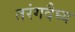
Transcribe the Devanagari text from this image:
तरंगदैघ्य